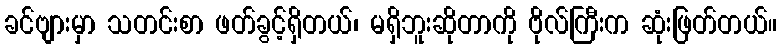
ခင်ဗျားမှာ သတင်းစာ ဖတ်ခွင့်ရှိတယ်၊ မရှိဘူးဆိုတာကို ဗိုလ်ကြီးက ဆုံးဖြတ်တယ်။